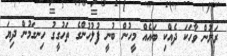
ރަށުން ވާހަކަ ދެއްކި ބައެއް މީހުން ބުނީ ފުލުހުންގެ ތަހުގީގު ހިނގަމުން ދިޔަ